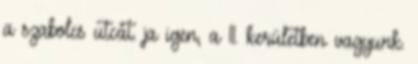
a szabolcs utcát. ja igen, a 11. kerületben vagyunk.